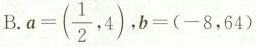
B. $$a = ( \frac{1}{2}，4 )$$ ,$$b = ( - 8 , 6 4 )$$